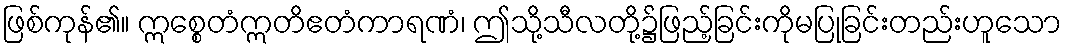
ဖြစ်ကုန်၏။ ဣစ္စေတံဣတိဧတံကာရဏံ၊ ဤသို့သီလတို့၌ဖြည့်ခြင်းကိုမပြုခြင်းတည်းဟူသော